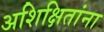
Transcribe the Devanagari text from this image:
अशिक्षितांना